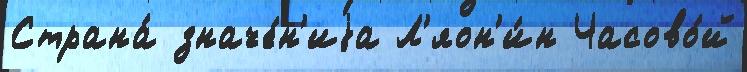
Страна́ значе́н'иjа Л'яон'и́н Часово́й